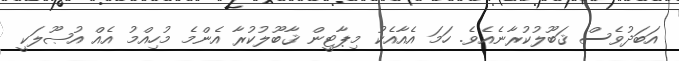
އަބަދުވެސް ޤަބޫލުކުރާނެއެވެ. ހަމަ އެއާއެކު މިޕާޓީން ޤާބޫލުކުރާ އެންމެ މުހިއްމު އެއް އުޞޫލަކީ